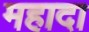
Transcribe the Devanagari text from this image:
महादा